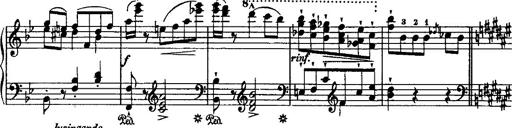
Title: Grande valse di bravura
Composer: Franz Liszt